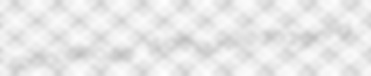
costoclavicular Walthourville margining